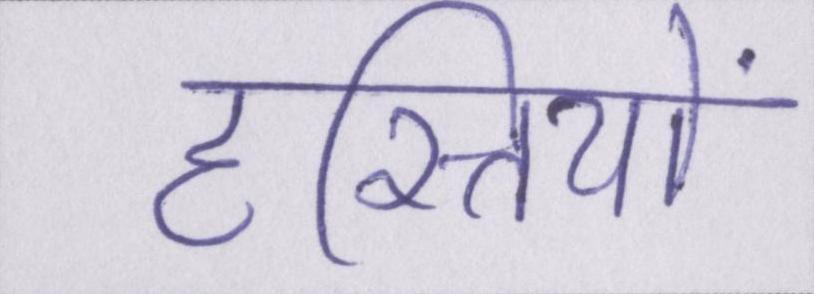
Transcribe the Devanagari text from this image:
हस्तियों